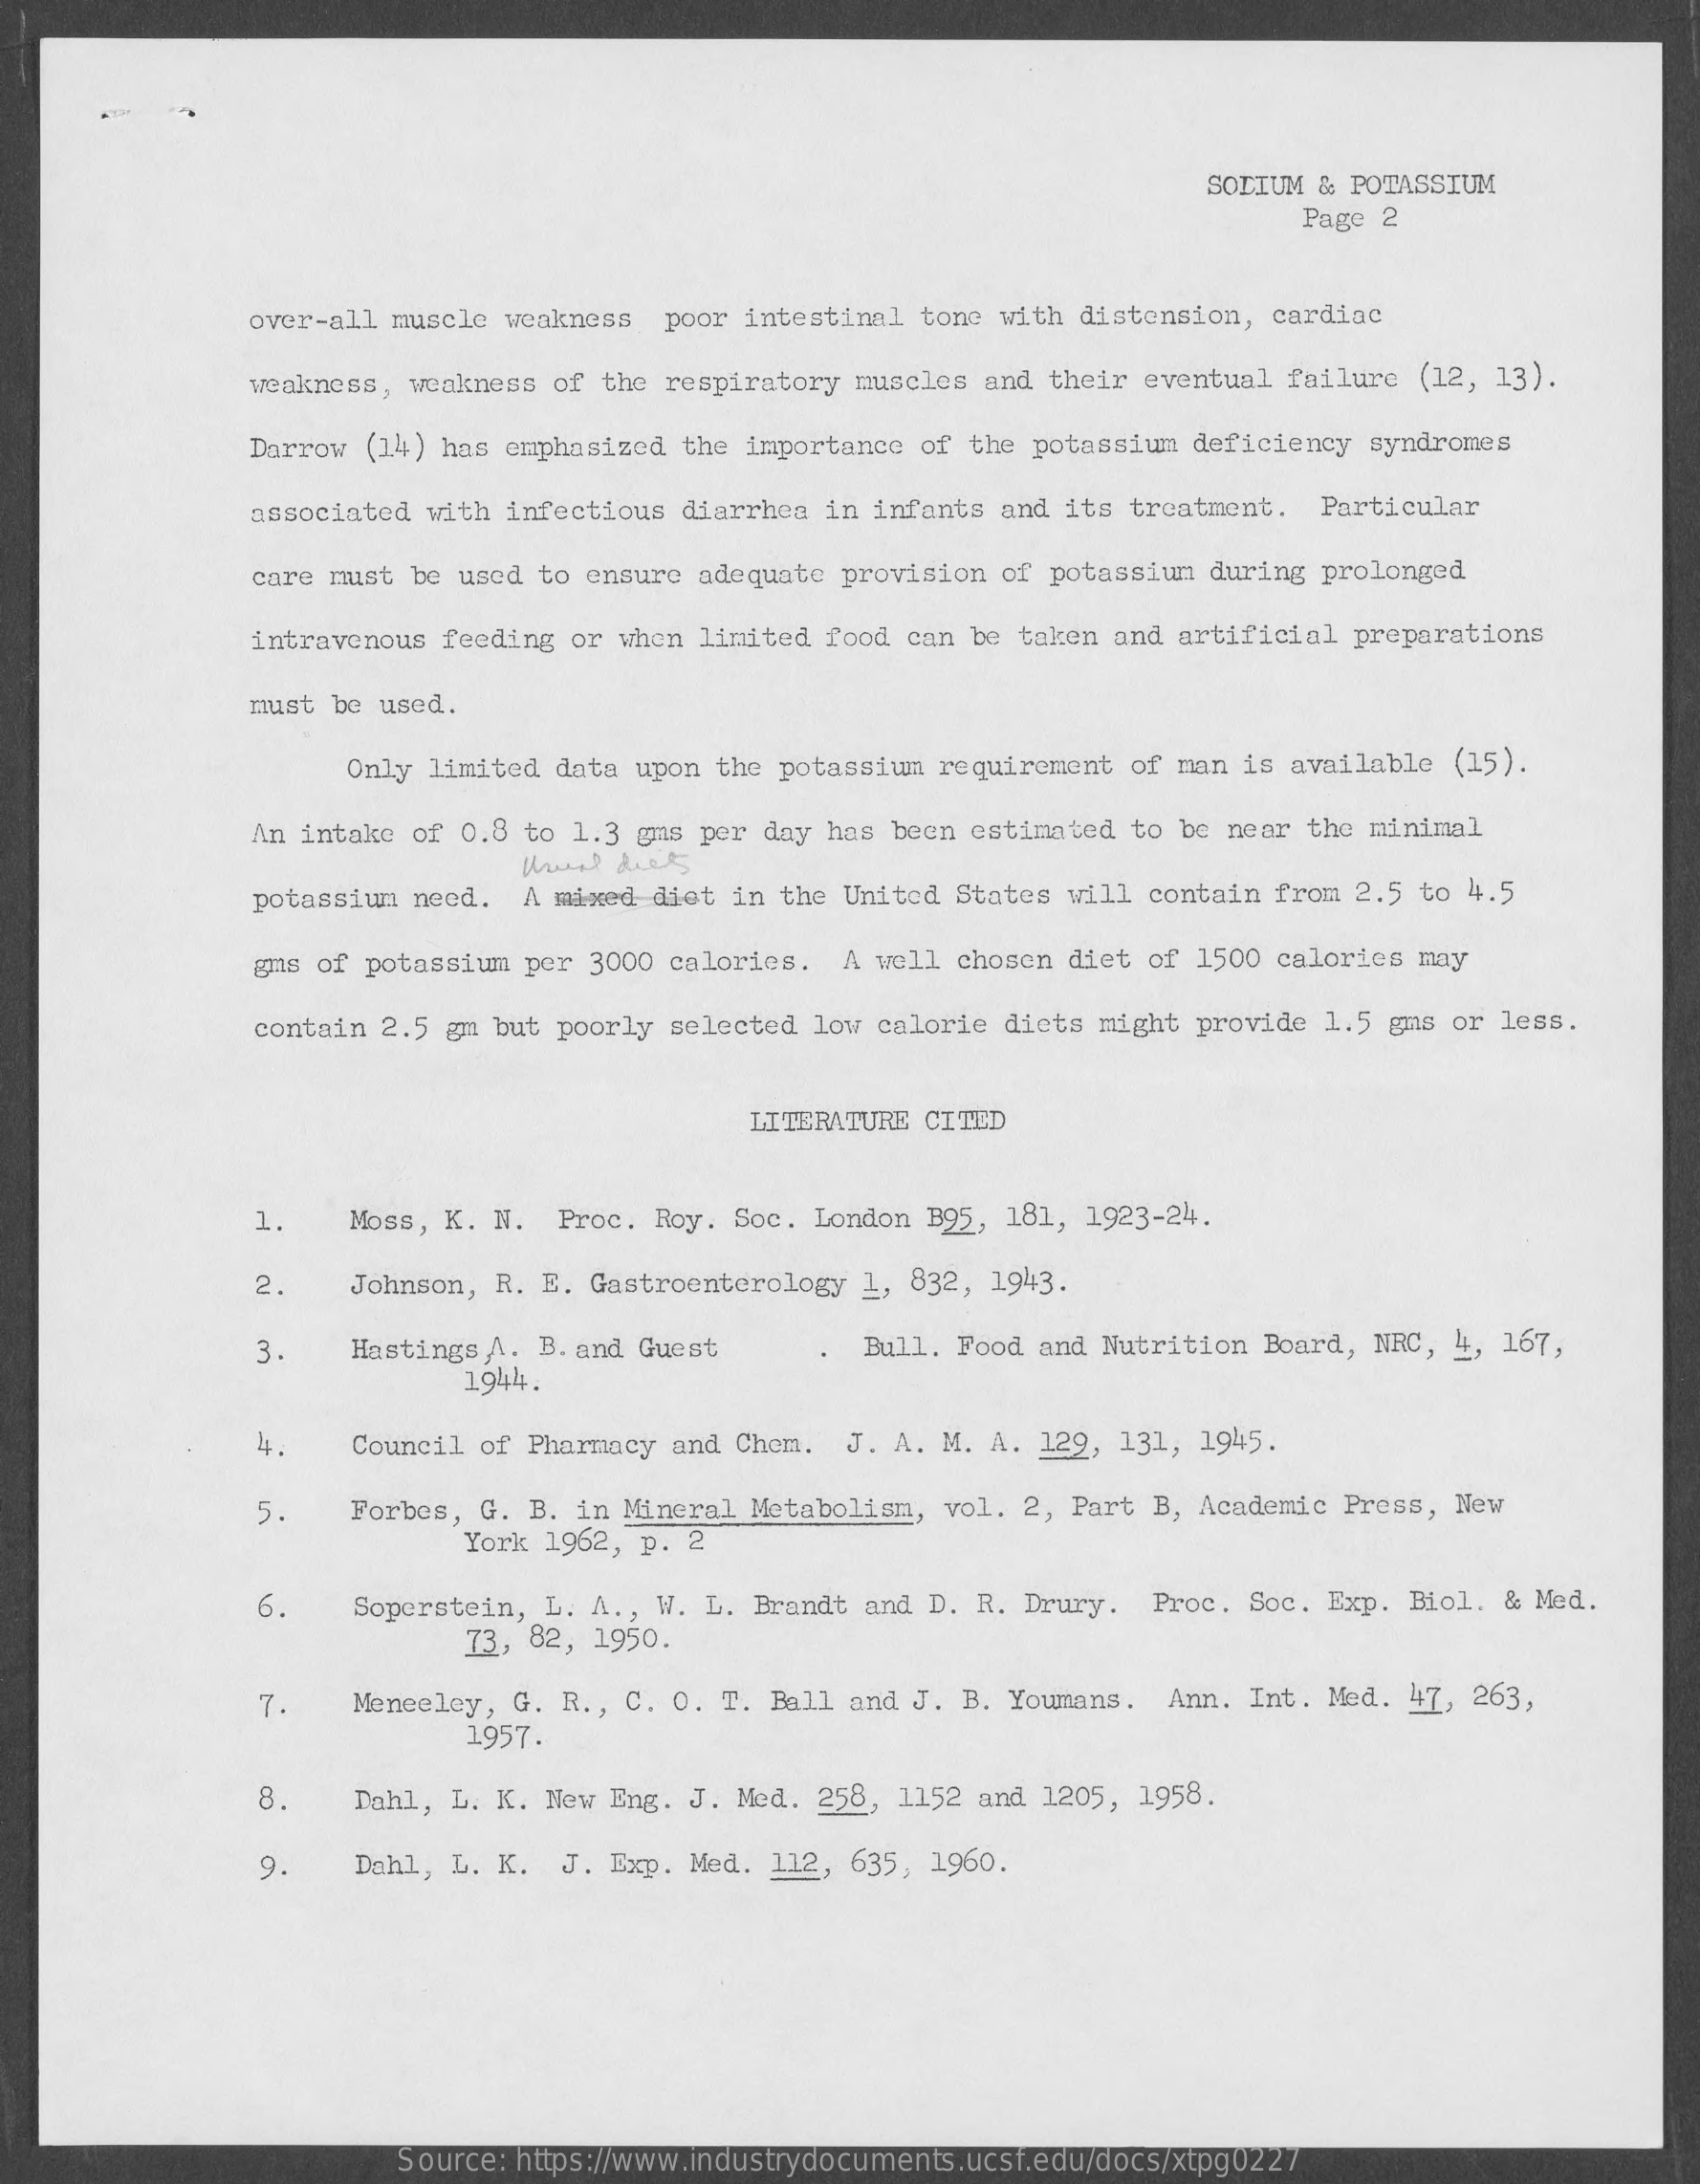
SODIUM & POTASSIUM
     Page 2
     over-all muscle weakness poor intestinal tone with distension, cardiac
     weakness, weakness of the respiratory muscles and their eventual failure (12, 13).
     Darrow (14) has emphasized the importance of the potassium deficiency syndromes
     associated with infectious diarrhea in infants and its treatment. Particular
     care must be used to ensure adequate provision of potassium during prolonged
     intravenous feeding or when limited food can be taken and artificial preparations
     must be used.
     Only limited data upon the potassium requirement of man is available (15).
     An intake of 0.8 to 1.3 gas per day has been estimated to be near the minimal
     potassium need. A mixed diet in the United States will contain from 2.5 to 4.5
     gms of potassium per 3000 calories. A well chosen diet of 1500 calories may
     contain 2.5 gm but poorly selected low calorie diets might provide 1.5 gms or less.
     LITERATURE CITED
     1.   Moss, K. N. Proc. Roy. Soc. London B95, 181, 1923-24.
     2.   Johnson, R. E. Gastroenterology 1, 832, 1943.
     3.   Hastings A. B. and Guest
     1944.
     . Bull. Food and Nutrition Board, NRC, 4, 167,
     Council of Pharmacy and Chem. J. A. M. A. 129, 131, 1945.
     5.   Forbes, G. B. in Mineral Metabolism, vol. 2, Part B, Academic Press, New
     York 1962, p. 2
     6.   Soperstein, L. A ., W. L. Brandt and D. R. Drury. Proc. Soc. Exp. Biol. & Med.
     73, 82, 1950.
     7.    Meneeley, G. R ., C. O. T. Ball and J. B. Youmans. Ann. Int. Med. 47, 263,
     1957.
     8.   Dahl, L. K. New Eng. J. Med. 258, 1152 and 1205, 1958.
     9.   Dahl, L. K. J. Exp. Med. 112, 635, 1960.
     Source: https://www.industrydocuments.ucsf.edu/docs/xtpg0227